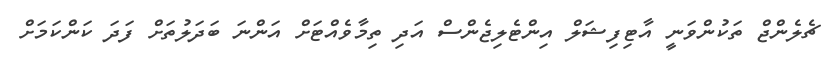
ޗެލެންޖް ތަކުންވަނީ އާޓިފިޝަލް އިންޓެލިޖެންސް އަދި ތިމާވެއްޓަށް އަންނަ ބަދަލުތަށް ފަދަ ކަންކަމަށް